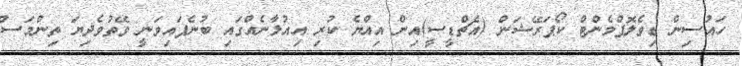
ހައުސިން ޑިވެލޮޕްމެންޓް ކޯޕަރޭޝަން (އެޗްޑީސީ)އިން އިއްޔެ ކުރި އިއުލާނެއްގައި ބުނެފައިވަނީ ވޭތުވެދިޔަ ތިންމަސް